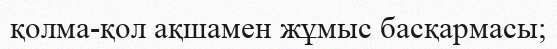
қолма-қол ақшамен жұмыс басқармасы;